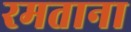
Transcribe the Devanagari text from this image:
रमताना